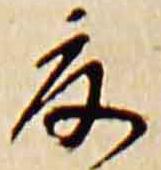
夏